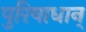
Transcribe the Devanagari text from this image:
पुरिषाधान्